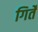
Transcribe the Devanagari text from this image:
गिर्तें